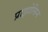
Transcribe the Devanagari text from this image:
प्राझोसिन